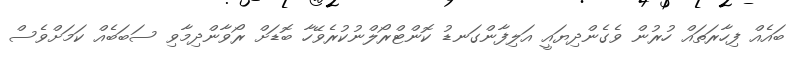
ބައެއް ފިހާރަތައް ހުރުން ވެގެންދިޔައީ އަލިފާންގަނޑު ކޮންޓްރޯލްނުކުރެވޭހާ ބޮޑަށް ރޯވާންދިމާވި ސަބަބެއް ކަމަށްވެސް